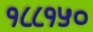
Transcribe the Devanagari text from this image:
१८८१५०